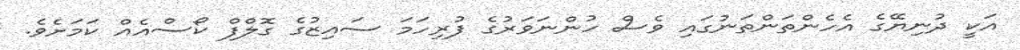
އަކީ ދުނިޔޭގެ އެހެންތަންތަނުގައި ވެސް ހުންނަވަރުގެ ފުރިހަމަ ސައިޒުގެ ގޮލްފް ކޯސްއެއް ކަމަށެވެ.